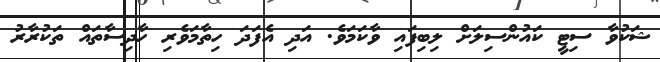
ޝަކުވާ ސިޓީ ކައުންސިލަށް ލިބިފައި ވާކަމަވެ. އަދި އެފަދަ ހިތާމަވެރި ހާދިސާތައް ތަކުރާރު